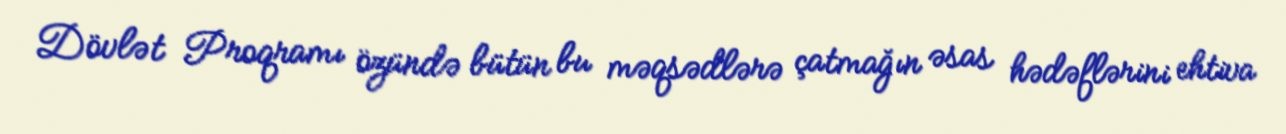
Dövlət Proqramı özündə bütün bu məqsədlərə çatmağın əsas hədəflərini ehtiva